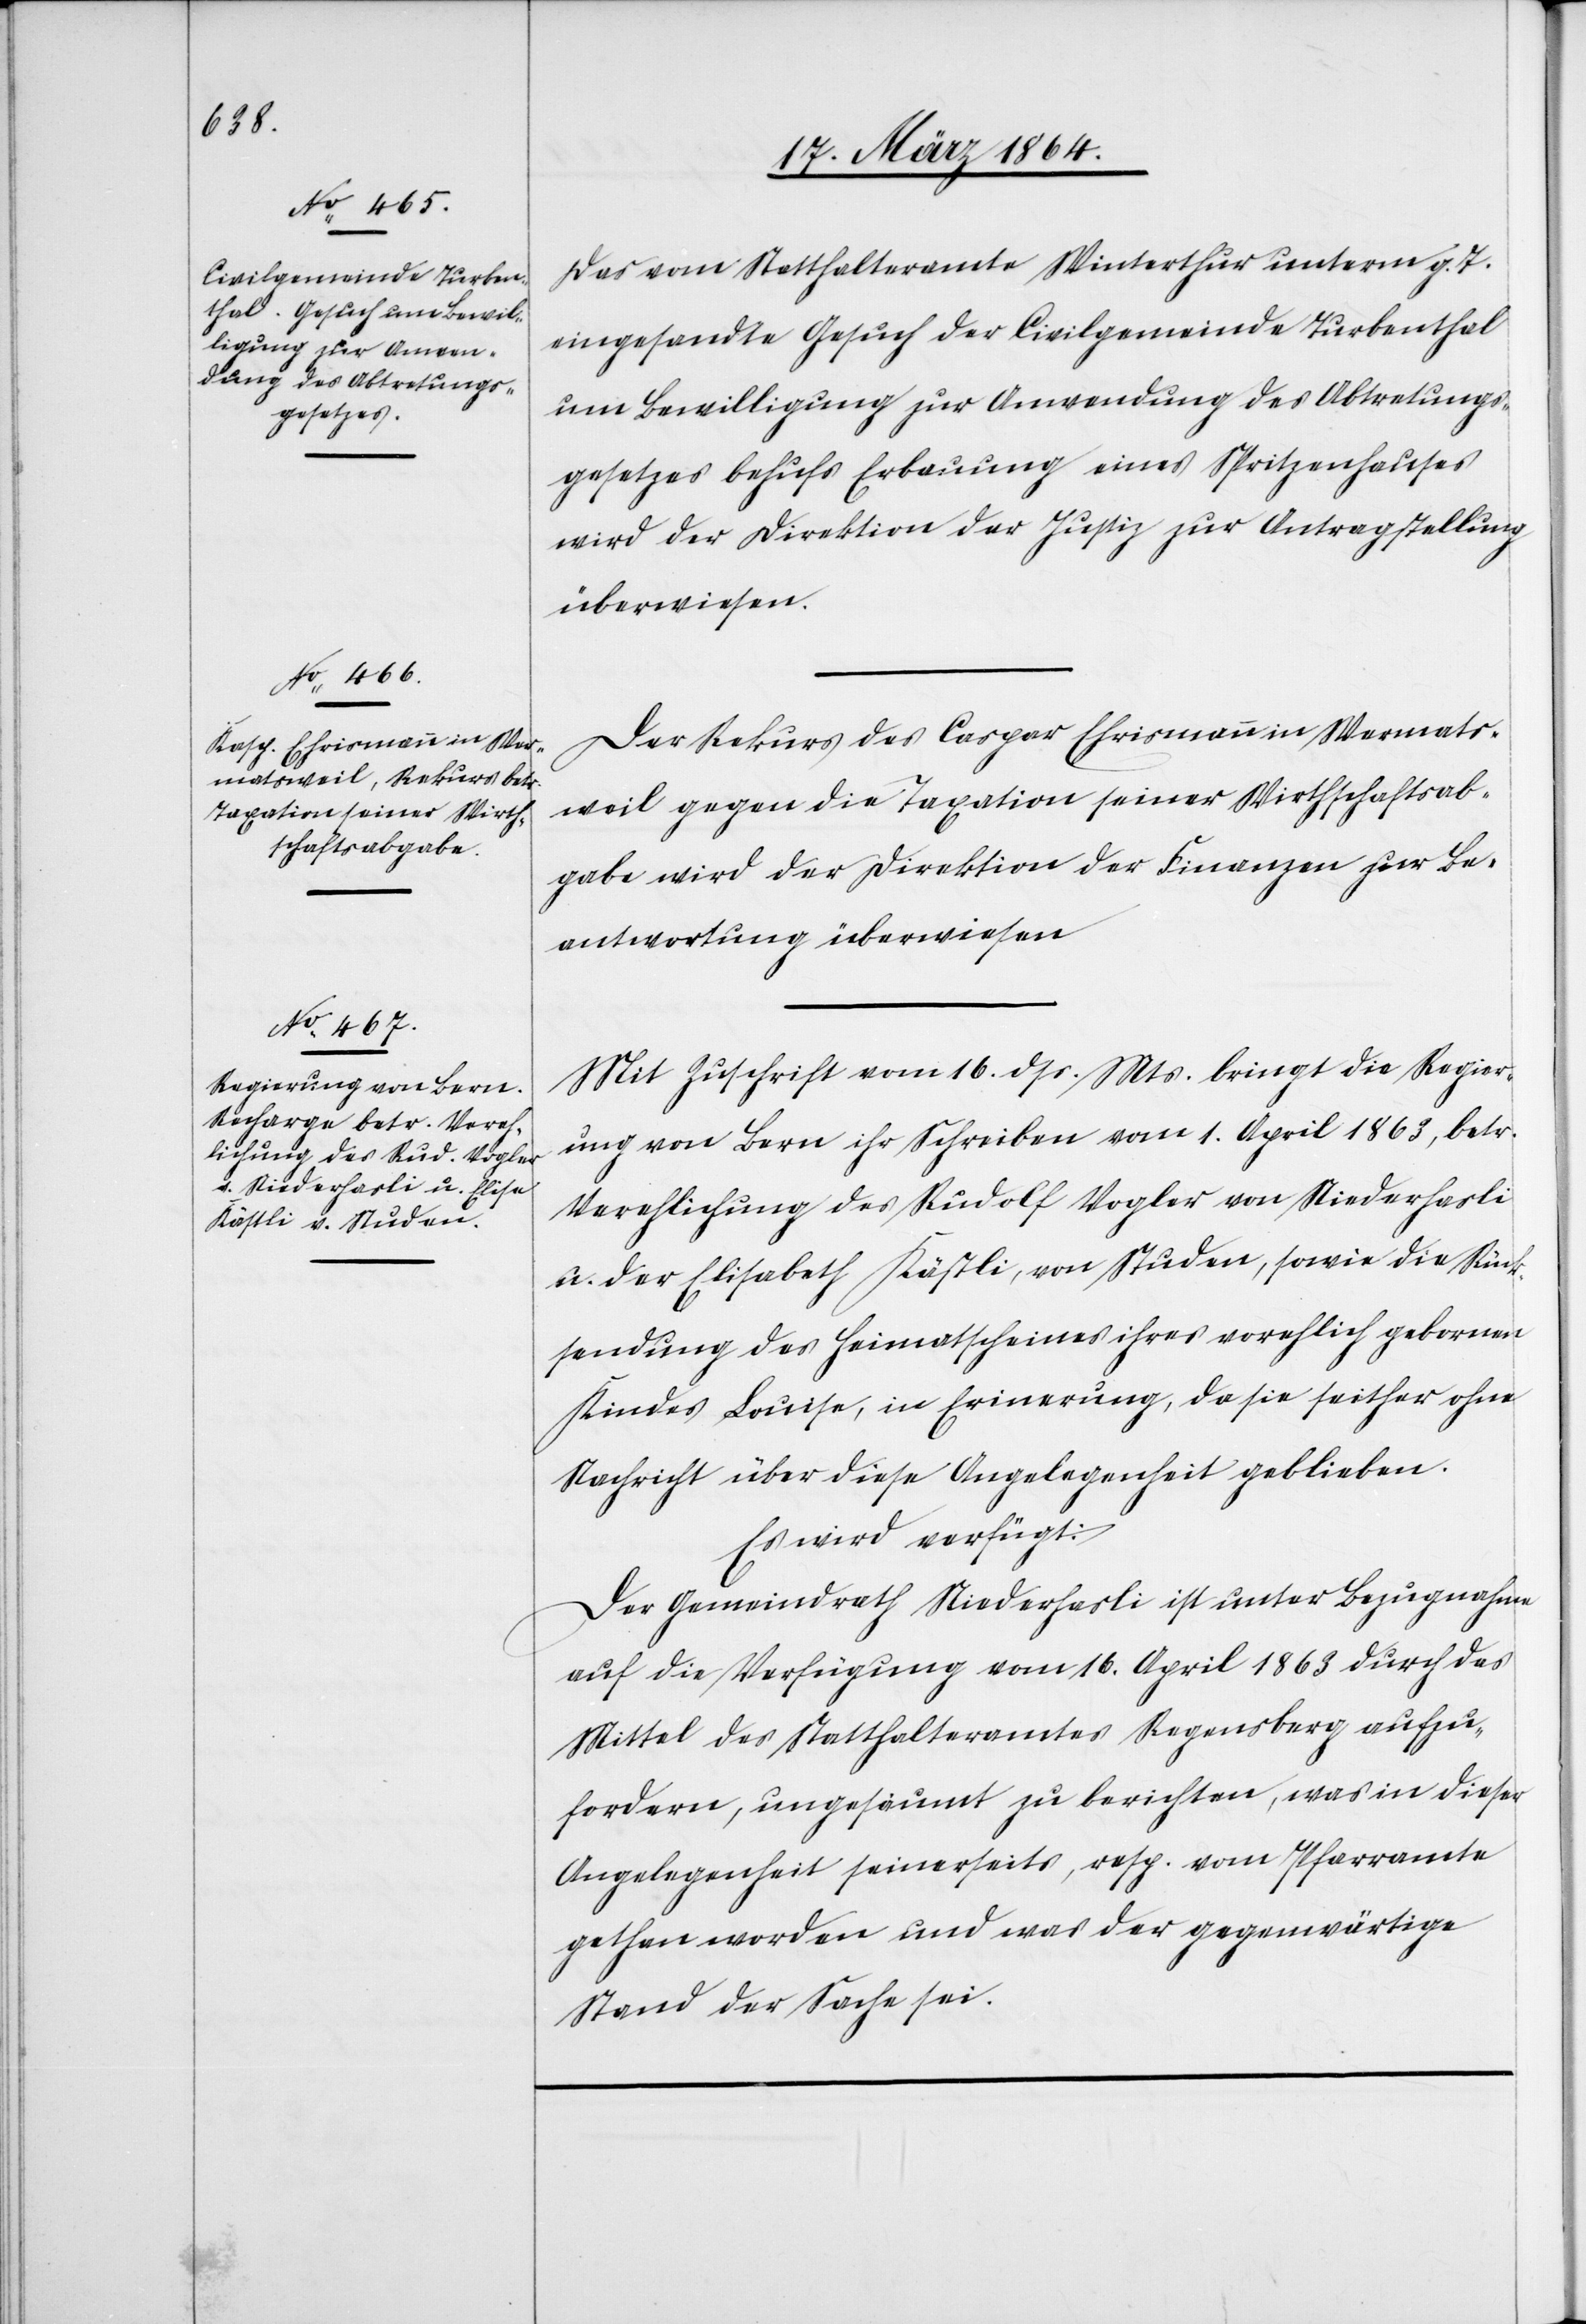
18. März 1864.]
Das vom Statthalteramte Winterthur unterm g. T.
eingesandte Gesuch der Civilgemeinde Turbenthal
um Bewilligung zur Anwendung des Abtretungs¬
gesetzes behufs Erbauung eines Spritzenhauses
wird der Direktion der Justiz zur Antragstellung
überwiesen.
Der Rekurs des Caspar Ehrismann in Wermats¬
weil gegen die Taxation seiner Wirthschaftsab¬
gabe wird der Direktion der Finanzen zur Be¬
antwortung überwiesen.
Mit Zuschrift vom 16. dss. Mts. bringt die Regier¬
ung von Bern ihr Schreiben vom 1. April 1863, betr.
Verehlichung des Rudolf Vogler von Niederhasli
u. der Elisabeth Kästli, von Studen, sowie die Rück¬
sendung des Heimatscheines ihres vorehlich gebornen
Kindes Louise, in Erinnerung, da sie seither ohne
Nachricht über diese Angelegenheit geblieben.
Es wird verfügt:
Der Gemeindrath Niederhasli ist unter Bezugnahme
auf die Verfügung vom 16. April 1863 durch das
Mittel des Statthalteramtes Regensberg aufzu¬
fordern, ungesäumt zu berichten, was in dieser
Angelegenheit seinerseits, resp. vom Pfarramte
gethan worden und was der gegenwärtige
Stand der Sache sei.